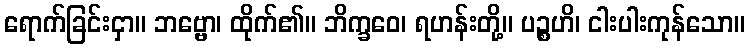
ရောက်ခြင်းငှာ။ ဘဗ္ဗော၊ ထိုက်၏။ ဘိက္ခဝေ၊ ရဟန်းတို့။ ပဉ္စဟိ၊ ငါးပါးကုန်သော။